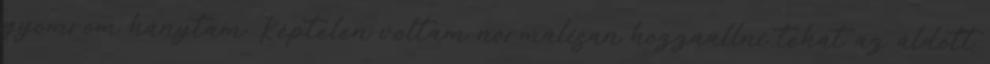
gyomrom hánytam. Képtelen voltam normálisan hozzáállni tehát az áldott